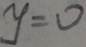
y = 0